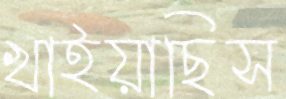
খাইয়াছিস